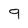
Character: 9